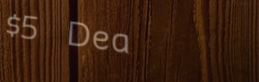
$5 Deal